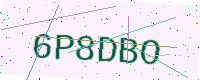
Text: 6P8DBO